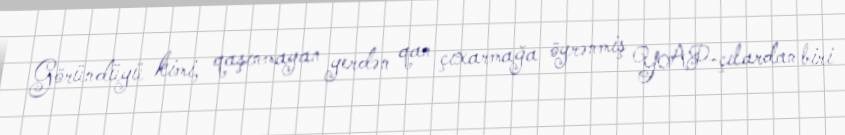
Göründüyü kimi, qaşınmayan yerdən qan çıxarmağa öyrənmiş YAP-çılardan biri